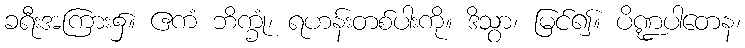
ခရီးအကြား၌။ ဧကံ ဘိက္ခုံ၊ ရဟန်းတစ်ပါးကို။ ဒိသွာ၊ မြင်၍။ ပိဏ္ဍပါတေန၊